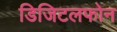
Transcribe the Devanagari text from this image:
डिजिटलफोन